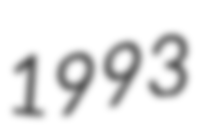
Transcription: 1993